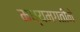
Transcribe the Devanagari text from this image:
मध्यमगतीने